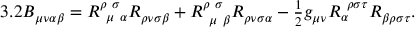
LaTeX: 3 . 2 B _ { \mu \nu \alpha \beta } = R _ { \ \mu \ \alpha } ^ { \rho \ \sigma \ } R _ { \rho \nu \sigma \beta } + R _ { \ \mu \ \beta } ^ { \rho \ \sigma \ } R _ { \rho \nu \sigma \alpha } - \textstyle { \frac { 1 } { 2 } } g _ { \mu \nu } R _ { \alpha } ^ { \ \rho \sigma \tau } R _ { \beta \rho \sigma \tau } .